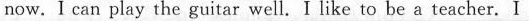
now.I can play the guitar well. I like to be a teacher.I